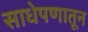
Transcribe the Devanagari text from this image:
साधेपणातून